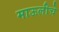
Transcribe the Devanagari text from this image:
माऊलीचे